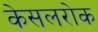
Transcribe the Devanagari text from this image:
केसलरोक